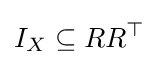
I_{X}\subseteq RR^{\top }